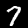
Label: 7